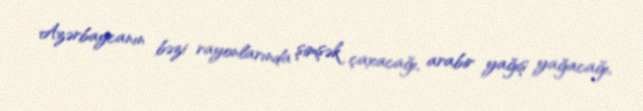
Azərbaycanın bəzi rayonlarında şimşək çaxacağı, arabir yağış yağacağı,